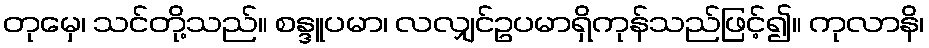
တုမှေ၊ သင်တို့သည်။ စန္ဒူပမာ၊ လလျှင်ဥပမာရှိကုန်သည်ဖြင့်၍။ ကုလာနိ၊